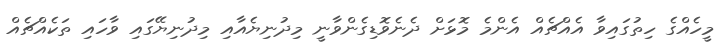
މީހެއްގެ ހިތުގައިވާ އެއްޗެއް އެންމެ މޮޅަށް ދެނެވޮޑިގެންވާނީ މިދުނިޔެއާއި މިދުނިޔޭގައި ވާހައި ތަކެއްޗެއް